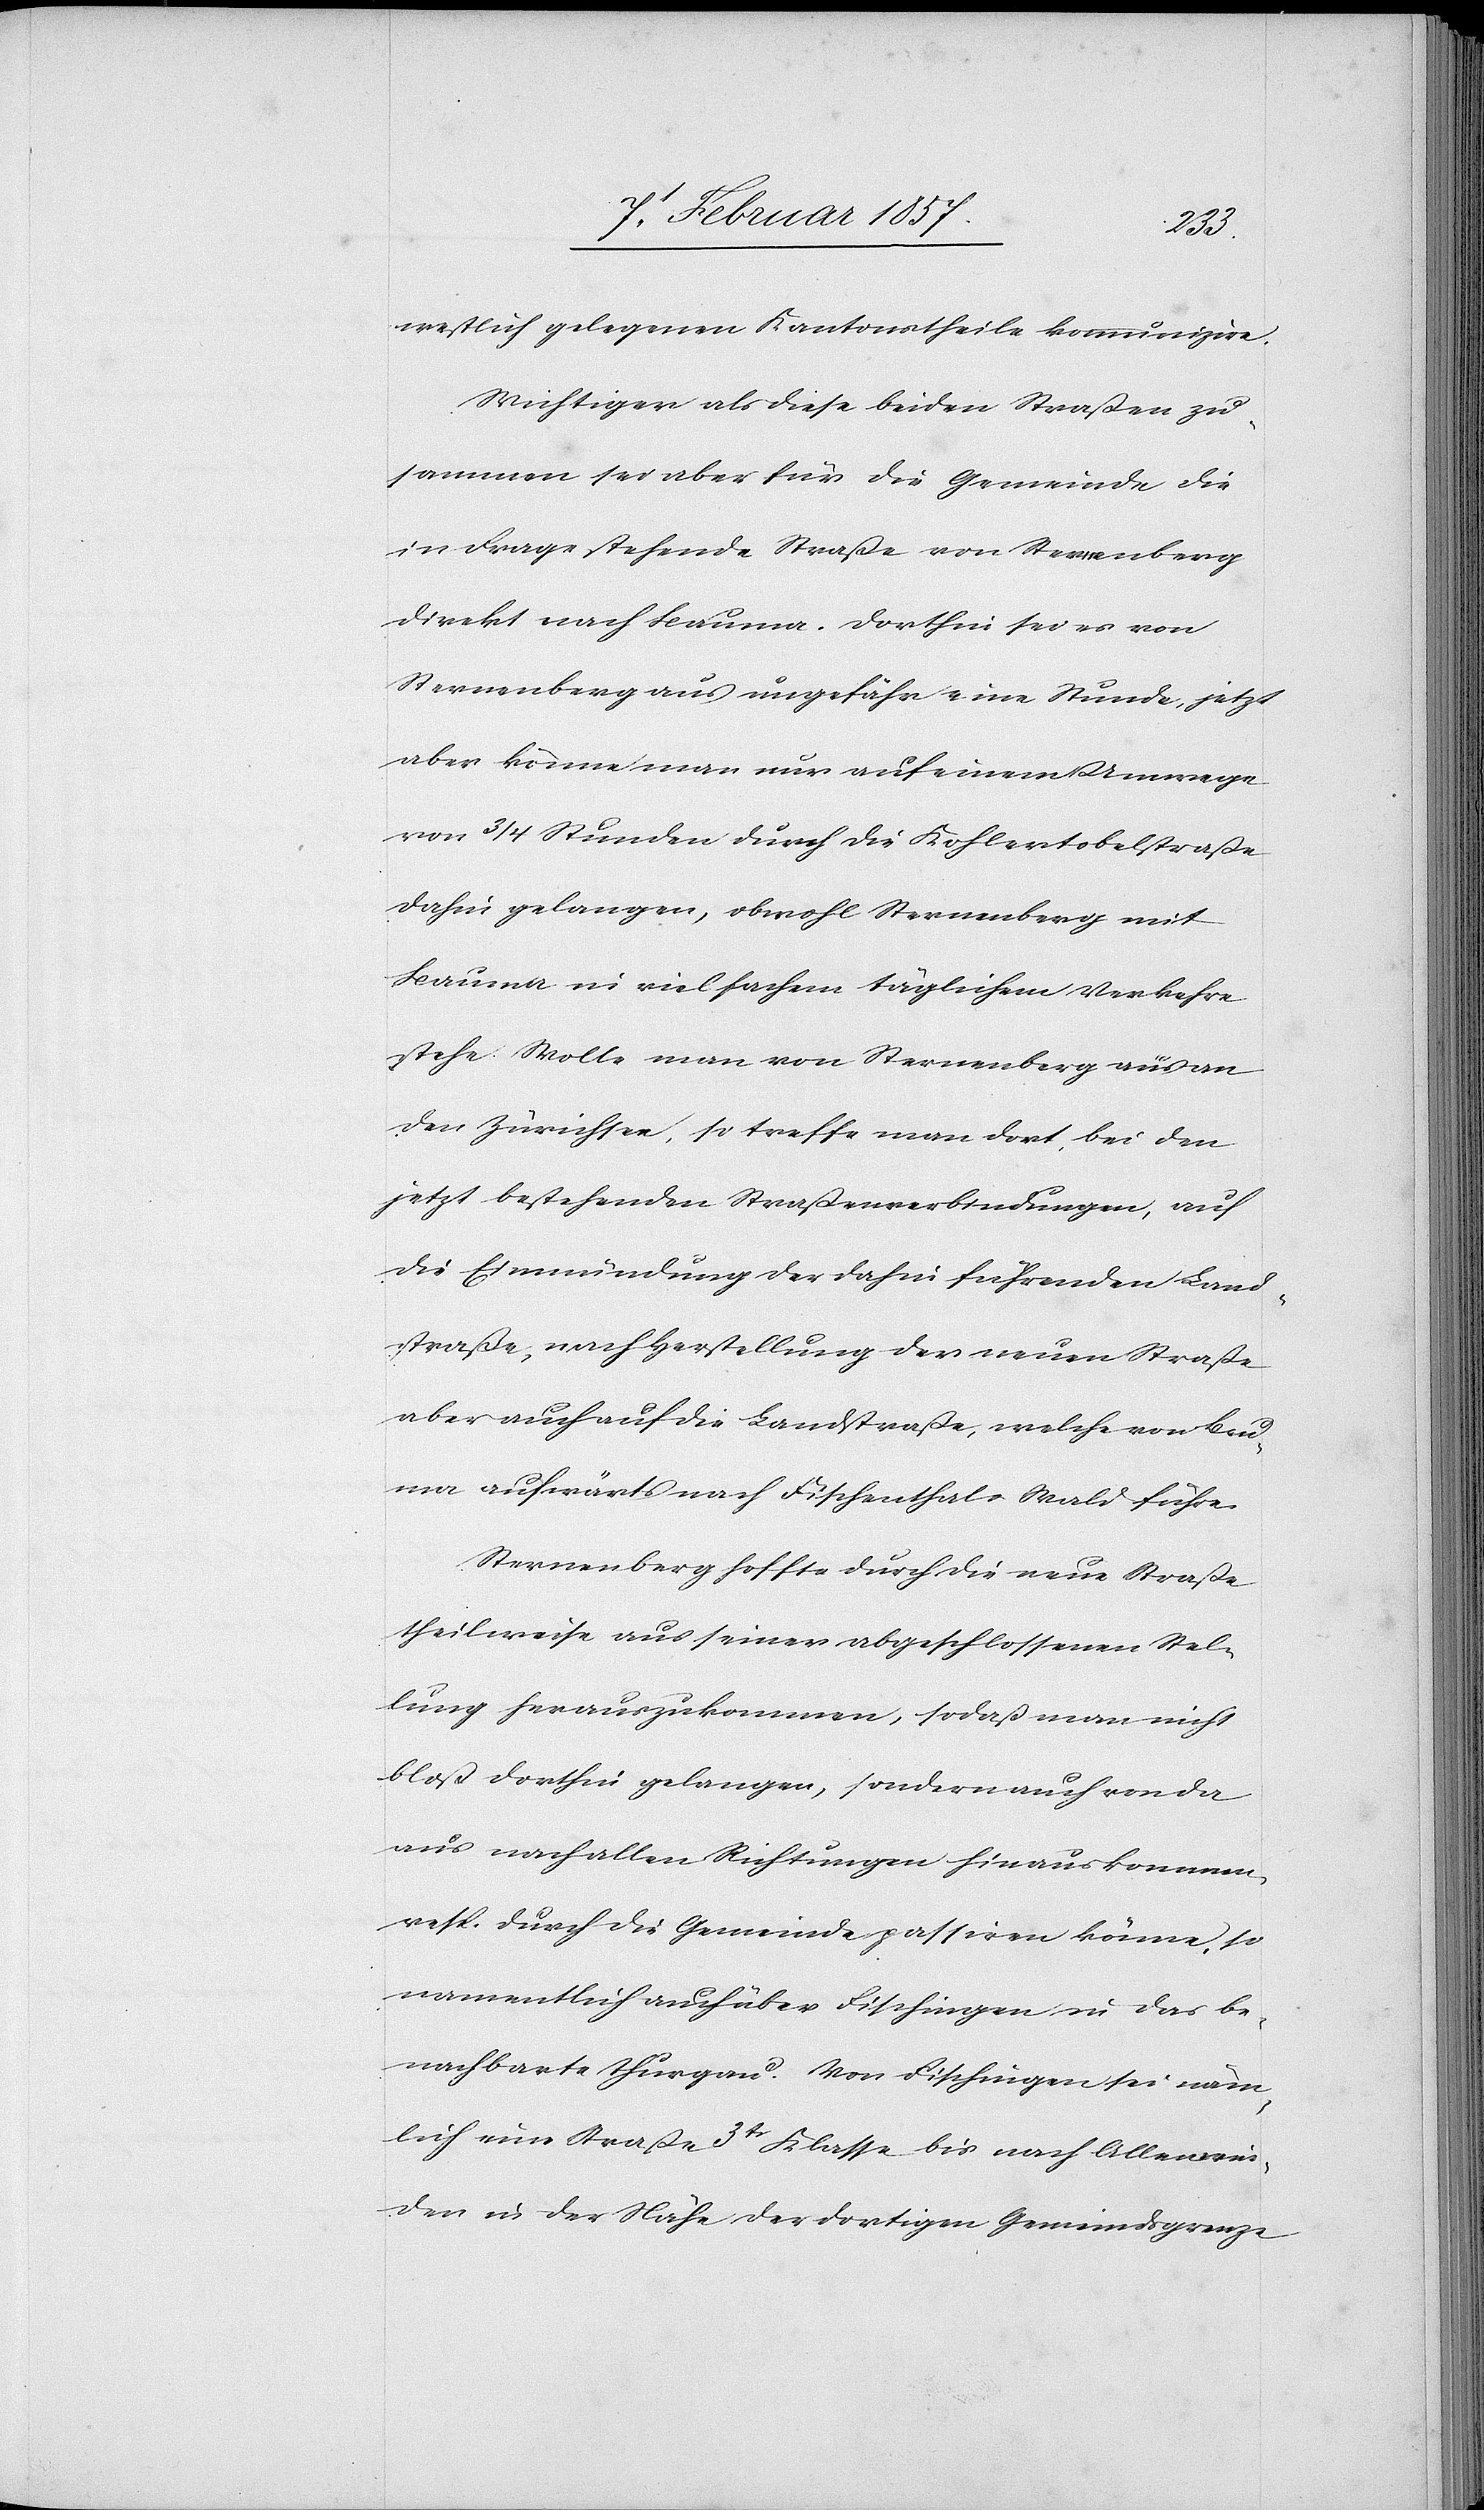
westlich gelegenen Kantonstheile kommunizire.
Wichtiger als diese beiden Straßen zu¬
sammen sei aber für die Gemeinde die
in Frage stehende Straße von Sternenberg
direkt nach Bauma. Dorthin sei es von
Sternenberg aus ungefähr eine Stunde, jetzt
aber könne man nur auf einem Umwege
von 3/4 Stunden durch die Kohlertobelstraße
dahin gelangen, obwohl Sternenberg mit
Bauma in vielfachem täglichem Verkehre
stehe. Wolle man von Sternenberg aus an
den Zürichsee, so treffe man dort, bei den
jetzt bestehenden Straßenverbindungen, auf
die Einmündung der dahin führenden Land¬
straße, nach Herstellung der neuen Straße
aber auch auf die Landstraße, welche von Bau¬
ma aufwärts nach Fischenthal-Wald führe.
Sternenberg hoffe durch die neue Straße
theilweise aus seiner abgeschlossenen Stel¬
lung herauszukommen, sodaß man nicht
bloß dorthin gelangen, sondern auch von da
aus nach allen Richtungen hinaus kommen
resp. durch die Gemeinde passiren könne, so
namentlich auch über Fischingen in das be¬
nachbarte Thurgau. Von Fischingen sei näm¬
lich eine Straße 3tr Klasse bis nach Allenwei¬
den in der Nähe der dortigen Gemeindsgrenze